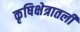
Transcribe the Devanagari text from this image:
कृषिक्षेत्रातली